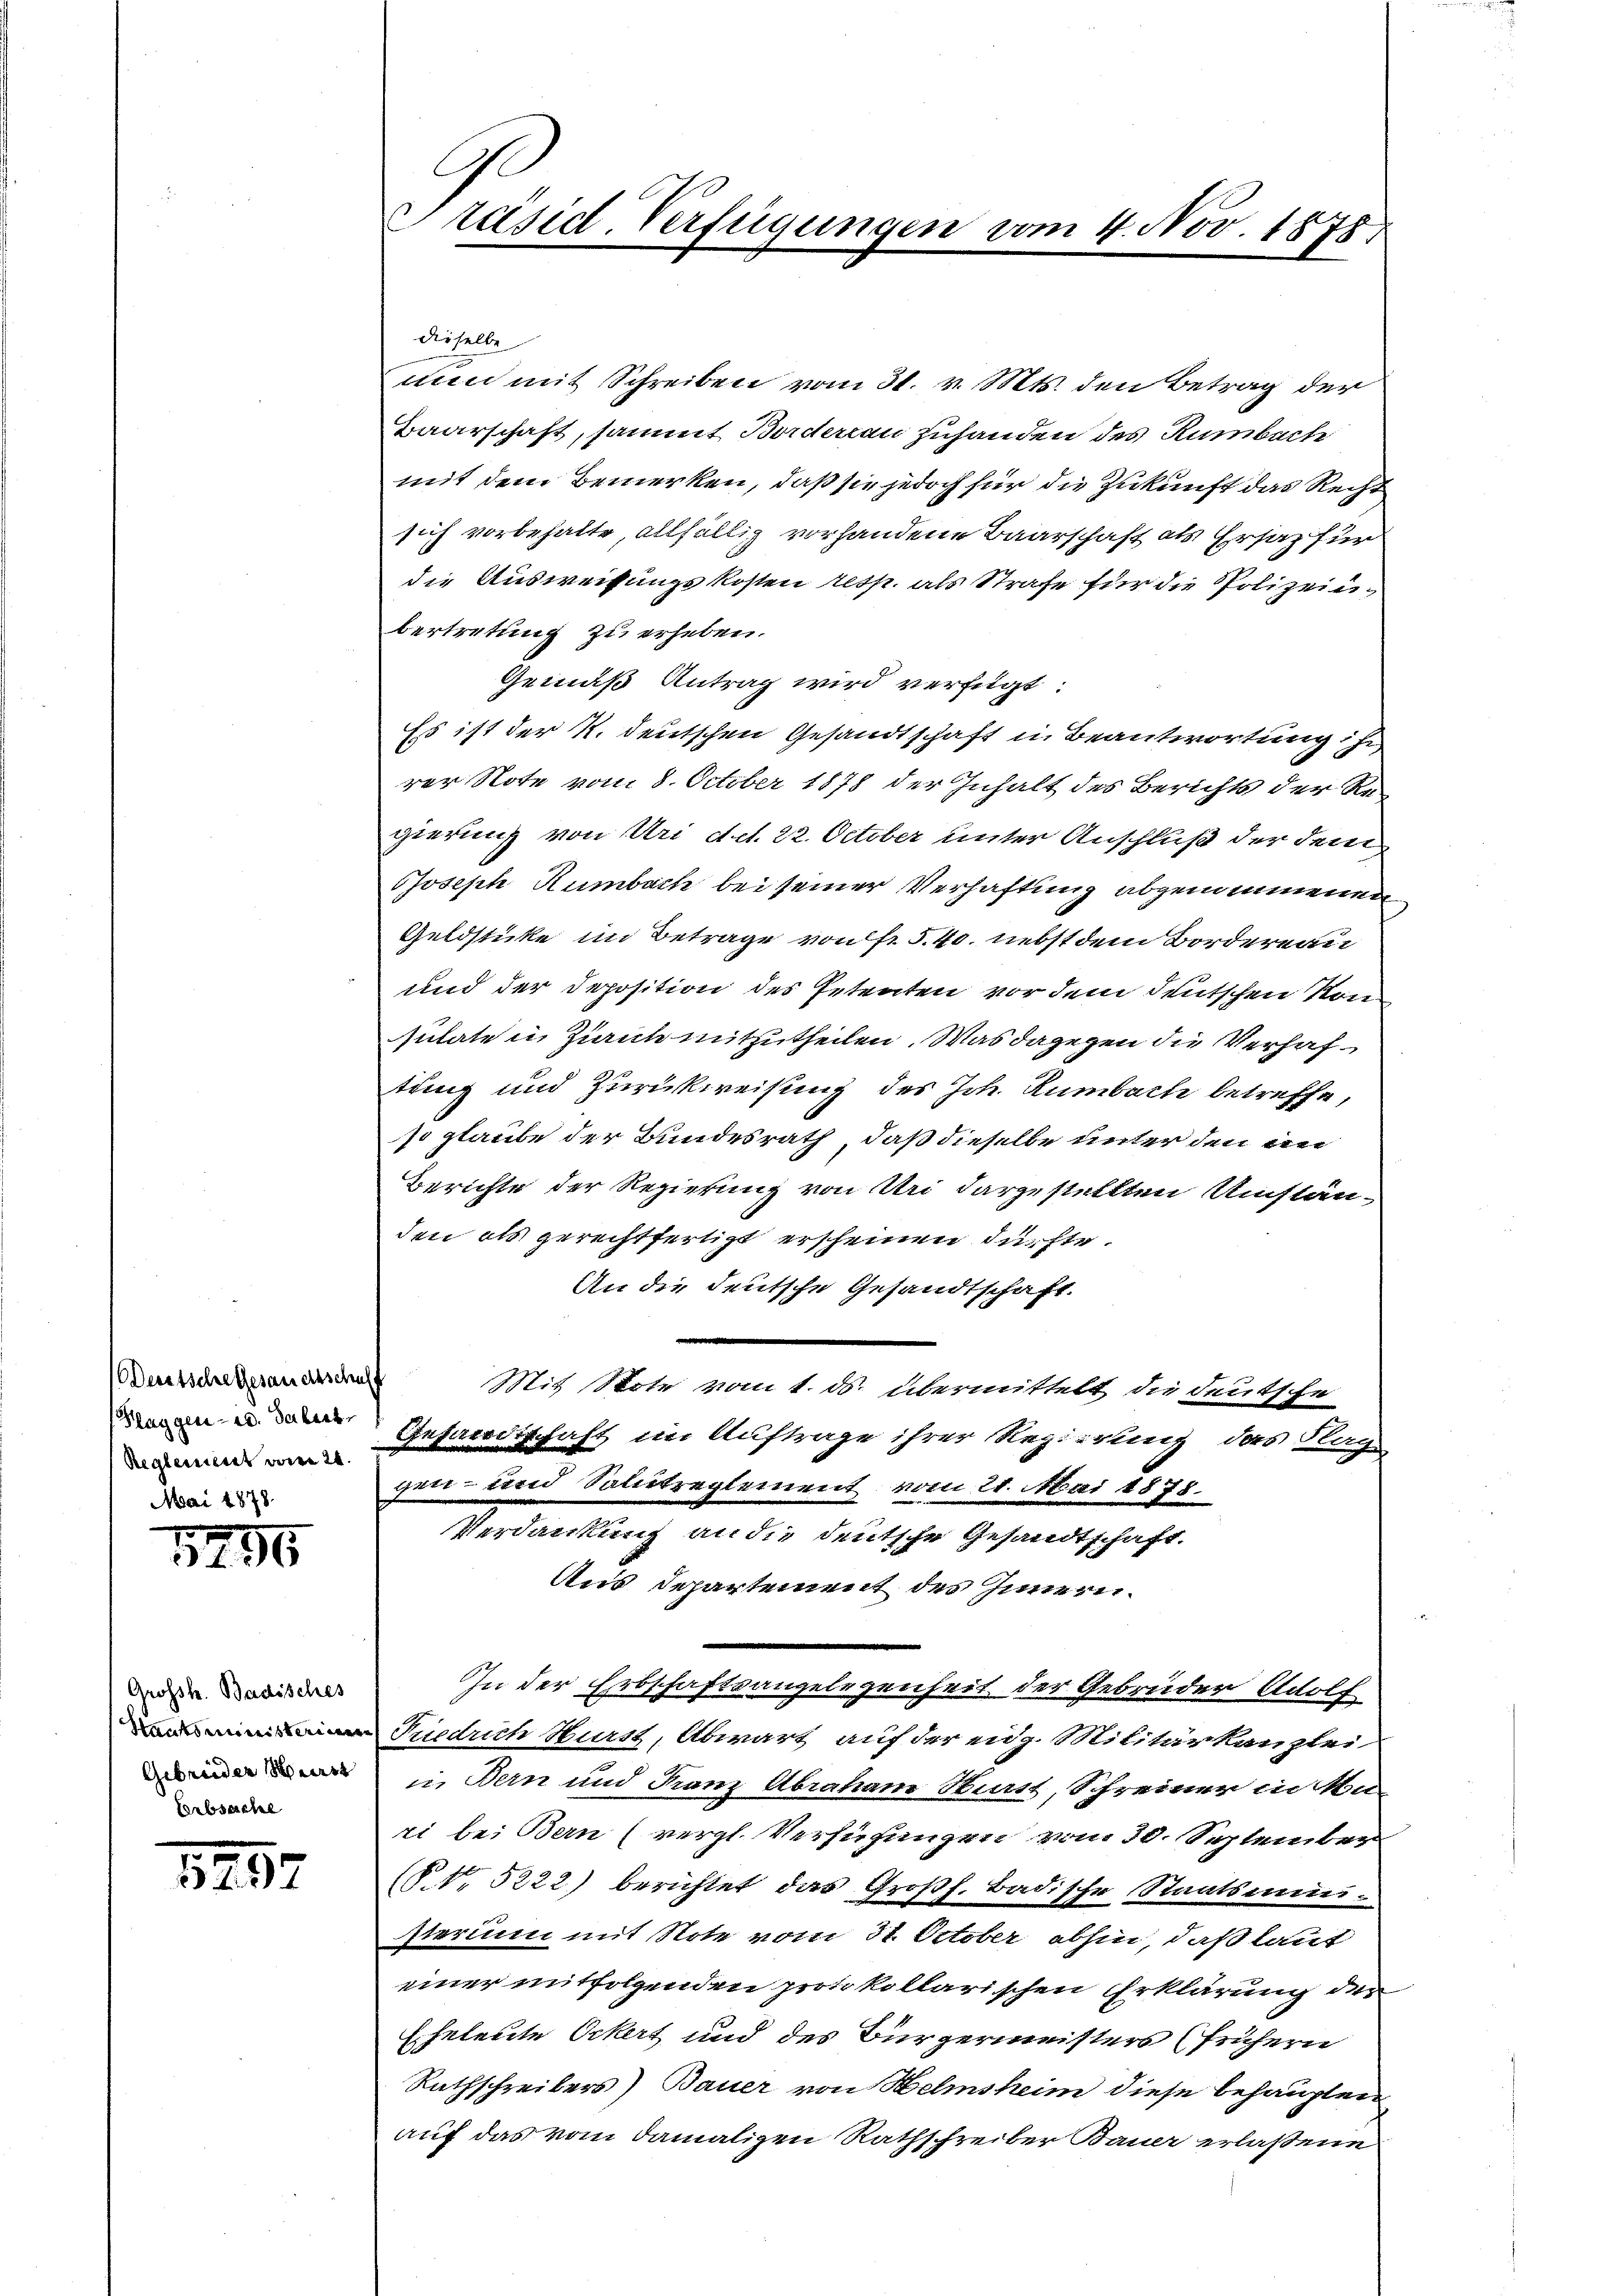
Deutsche Gesandtschaff
Klaggen- u. daher
Reglement vom 24.
Mai 1878.

1796

Grossh. Badisches
Gebrüder Wurst
Eerbsasche

5497

C
Präsid. Verfügungen vom 4. Nov. 1875)

dieselbe
men mit Schreiben vom 31. v. Mts. den Betrag der
Baarschaft, sammt Borderlau zuhanden des Rumbache
mit dem Bemerken, daß sie jedoch für die Zukunft das Recht
sich vorbehalte, allfällig vorhandene Baarschaft als Ersatz für
die Ausweisungskosten resp. als Strafe für die Polizeinbertretung zu erheben.
Gemäß Antrag wird verfügt:
Es ist der K. deutschen Gesandtschaft in Beantwortung ihr,
rer Note vom 8. October 1878 der Inhalt des Berichts der Regierung von Uri det. 22. October unter Anschluß der den
Joseph Rumbach bei seiner Verhaftung abgenommenen
Geldstücke im Betrage von fr. 5.40. nebst dem Bordereau
und der Deposition des Petenten vor dem deutschen Kon
sulate in Zürich mitzutheilen. Was dagegen die Verhaftung und Zurückweisung des Joh. Rumbach betreffe,
so glaube der Bundesrath, daß dieselbe unter den an
Berichte der Regierung von Uri dargestellten Umständen als gerechtfertigt erscheinen dürfte.
An die deutsche Gesandtschaft.
Mit Note vom 1. ds. übermittelt die deutsche
Gesandtschaft im Auftrage ihrer Regierung des Klag
gen- und Soltreglement vom 21. Mai 1878.
Verdankung an die deutsche Gesandtschaft.
Aus Departement des Innern.
In der Erbschaftsangelegenheit der Gebrüder Adolf
Triedrich Hurst, Abwart auf der eidg. Militärkanzlei
in Bern und Franz Abraham Burst, Schreiner in Ma
ri bei Bern (vergl. Versuchungen vom 30. September
(§. 1. 5222) berichtet das Großh. Badische Staatsministerium mit Note vom 31. October abhin, daß laut
einer mitfolgenden protokollarischen Erklärung der
Eheleute Ockert und des Bürgermeisters (frühern
Rathschreibers) Bauer von Helmsheim diese behaupten
auf das vom damaligen Rathschreiber Bauer erlassene